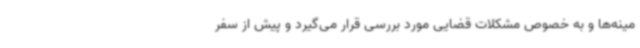
مینه‌ها و به خصوص مشکلات قضایی مورد بررسی قرار می‌گیرد و پیش از سفر